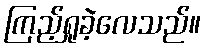
ကြည့်ရှုခဲ့လေသည်။